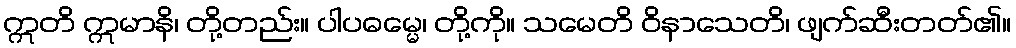
ဣတိ ဣမာနိ၊ တို့တည်း။ ပါပဓမ္မေ၊ တို့ကို။ သမေတိ ဝိနာသေတိ၊ ဖျက်ဆီးတတ်၏။